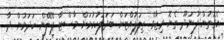
އެގޮތުން ފުނަދޫ ތެޔޮ ރިޒާވް ތިލަފުއްޓަށް ބަދަލުކުރުމަށް މާސްޓާ ޕްލޭން ހަދަމުން ދާ